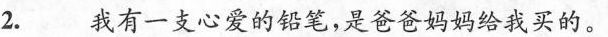
我有一支心爱的铅笔，是爸爸妈妈给我买的。